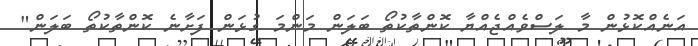
އަނެއްކޮޅުން މާ ލަސްވެއްޖެއްޔާ ކޮންތާކުތޯ ބަލަން މަންމަ ގުޅަން ފަށާނެ ކޮންތާކުތޯ ބަލަން"